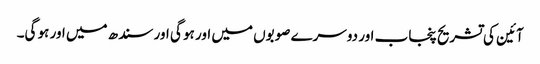
آئین کی تشریح پنجاب اور دوسرے صوبوں میں اور ہو گی اور سندھ میں اور ہو گی۔